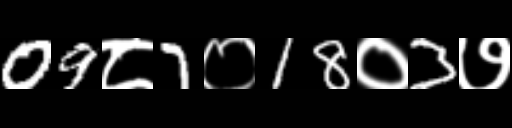
Text: 09८7०18०3७